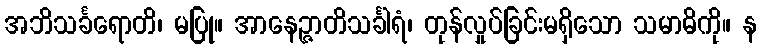
အဘိသင်္ခရောတိ၊ မပြု။ အာနေဉ္ဇာတိသင်္ခါရံ၊ တုန်လှုပ်ခြင်းမရှိသော သမာဓိကို။ န